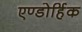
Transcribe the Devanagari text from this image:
एण्डोर्हिक